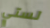
لستي